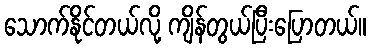
သောက်နိုင်တယ်လို့ ကျိန်တွယ်ပြီးပြောတယ်။